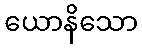
ယောနိသော